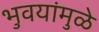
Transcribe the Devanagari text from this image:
भुवयांमुळे